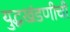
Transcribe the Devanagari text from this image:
युद्धखंडणीची